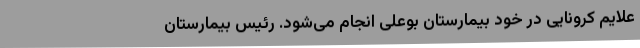
علایم کرونایی در خود بیمارستان بوعلی انجام می‌شود. رئیس بیمارستان